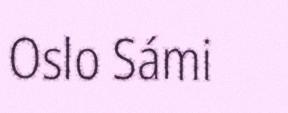
Oslo Sámi